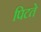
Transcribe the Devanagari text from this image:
पिटते